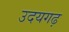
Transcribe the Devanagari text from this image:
उदयगढ़